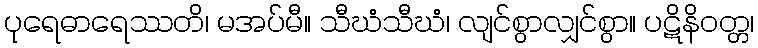
ပုရေဓာရေဿတိ၊ မအပ်မီ။ သီဃံသီဃံ၊ လျင်စွာလျှင်စွာ။ ပဋိနိဝတ္တ၊